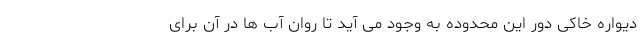
دیواره خاکی دور این محدوده به وجود می آید تا روان آب ها در آن برای